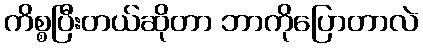
ကိစ္စပြီးတယ်ဆိုတာ ဘာကိုပြောတာလဲ